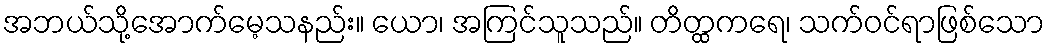
အဘယ်သို့အောက်မေ့သနည်း။ ယော၊ အကြင်သူသည်။ တိတ္ထကရေ၊ သက်ဝင်ရာဖြစ်သော